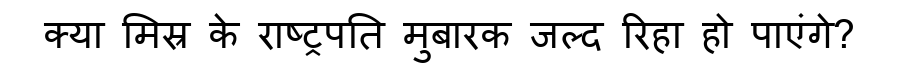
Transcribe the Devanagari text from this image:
क्या मिस्र के राष्ट्रपति मुबारक जल्द रिहा हो पाएंगे?